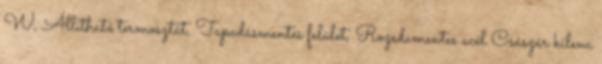
W, Állítható termosztát, Tapadásmentes felület, Rozsdamentes acél Császár kilenc